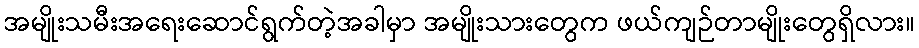
အမျိုးသမီးအရေးဆောင်ရွက်တဲ့အခါမှာ အမျိုးသားတွေက ဖယ်ကျဉ်တာမျိုးတွေရှိလား။